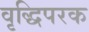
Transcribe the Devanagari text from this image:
वृद्धिपरक